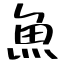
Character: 魚